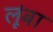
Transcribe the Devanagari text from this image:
लूंबा